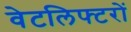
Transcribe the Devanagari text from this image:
वेटलिफ्टरों